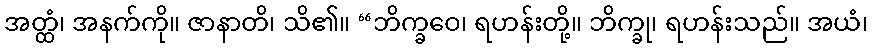
အတ္ထံ၊ အနက်ကို။ ဇာနာတိ၊ သိ၏။ “ဘိက္ခဝေ၊ ရဟန်းတို့။ ဘိက္ခု၊ ရဟန်းသည်။ အယံ၊